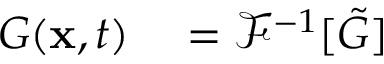
\begin{array} { r l } { G ( \mathbf { x } , t ) } & { { } = \mathcal { F } ^ { - 1 } [ \tilde { G } ] } \end{array}